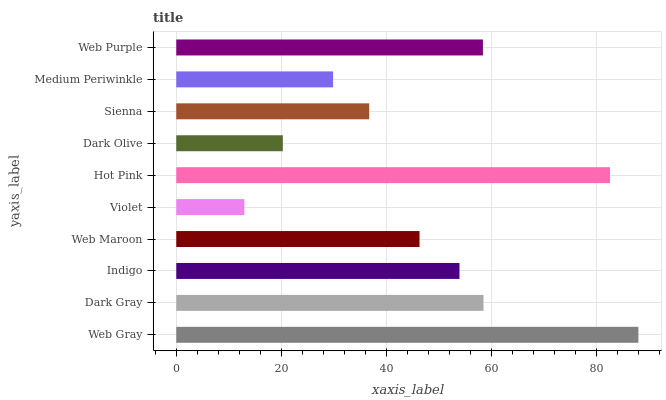
| yaxis_label | bars |
 | --- | --- |
 | Web Gray | 87.9 |
 | Dark Gray | 58.5 |
 | Indigo | 53.9 |
 | Web Maroon | 46.3 |
 | Violet | 13 |
 | Hot Pink | 82.5 |
 | Dark Olive | 20.3 |
 | Sienna | 36.7 |
 | Medium Periwinkle | 29.8 |
 | Web Purple | 58.4 |